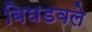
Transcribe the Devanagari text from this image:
बिघडवले